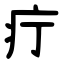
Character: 疔